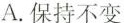
A.保持不变